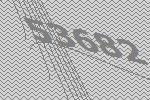
53682